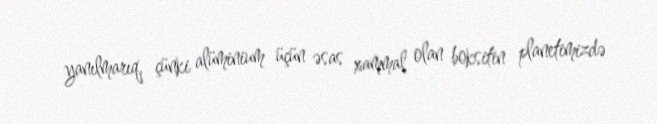
yanılmarıq, çünki alüminium üçün əsas xammal olan boksitin planetimizdə